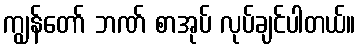
ကျွန်တော် ဘဏ် စာအုပ် လုပ်ချင်ပါတယ်။